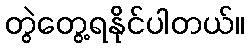
တွဲတွေ့ရနိုင်ပါတယ်။